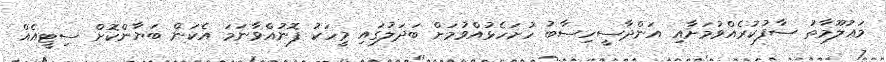
މަޢުލޫމާތު ސާފުކުރެއްވުމަށާއި އަންދާސީހިސާބު ހުށަހެޅުއްވުމަށް ބަދަލުގައި މީހަކު ފޮނުއްވާނަމަ އެކަން ބަޔާންކޮށް ސިޓީއެއް